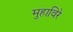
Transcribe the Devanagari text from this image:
मुहाविरे